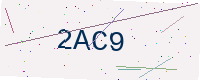
Text: 2AC9